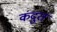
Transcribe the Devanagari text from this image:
कंदुरा